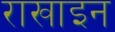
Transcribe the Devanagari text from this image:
राखाइन